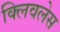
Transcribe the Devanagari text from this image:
क्लिवलेस